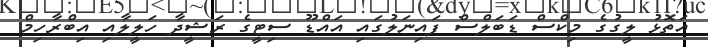
އަތޮޅު ލީގުގެ މިކްސް ޑަބަލްސް ފައިނަލުގައި އައްޑޫ ސިޓީގެ ރަޝީދާ ހަލީލާއި އިބްރާހިމް